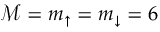
\mathcal { M } = m _ { \uparrow } = m _ { \downarrow } = 6